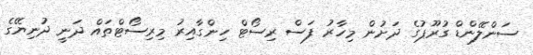
ސަންލޭންޑް ގުރޫޕުގެ ދަށުން މިހާރު ފަސް ރިސޯޓް ހިންގާއިރު މިރިސޯޓްތައް ދަނީ ދުނިޔޭގެ